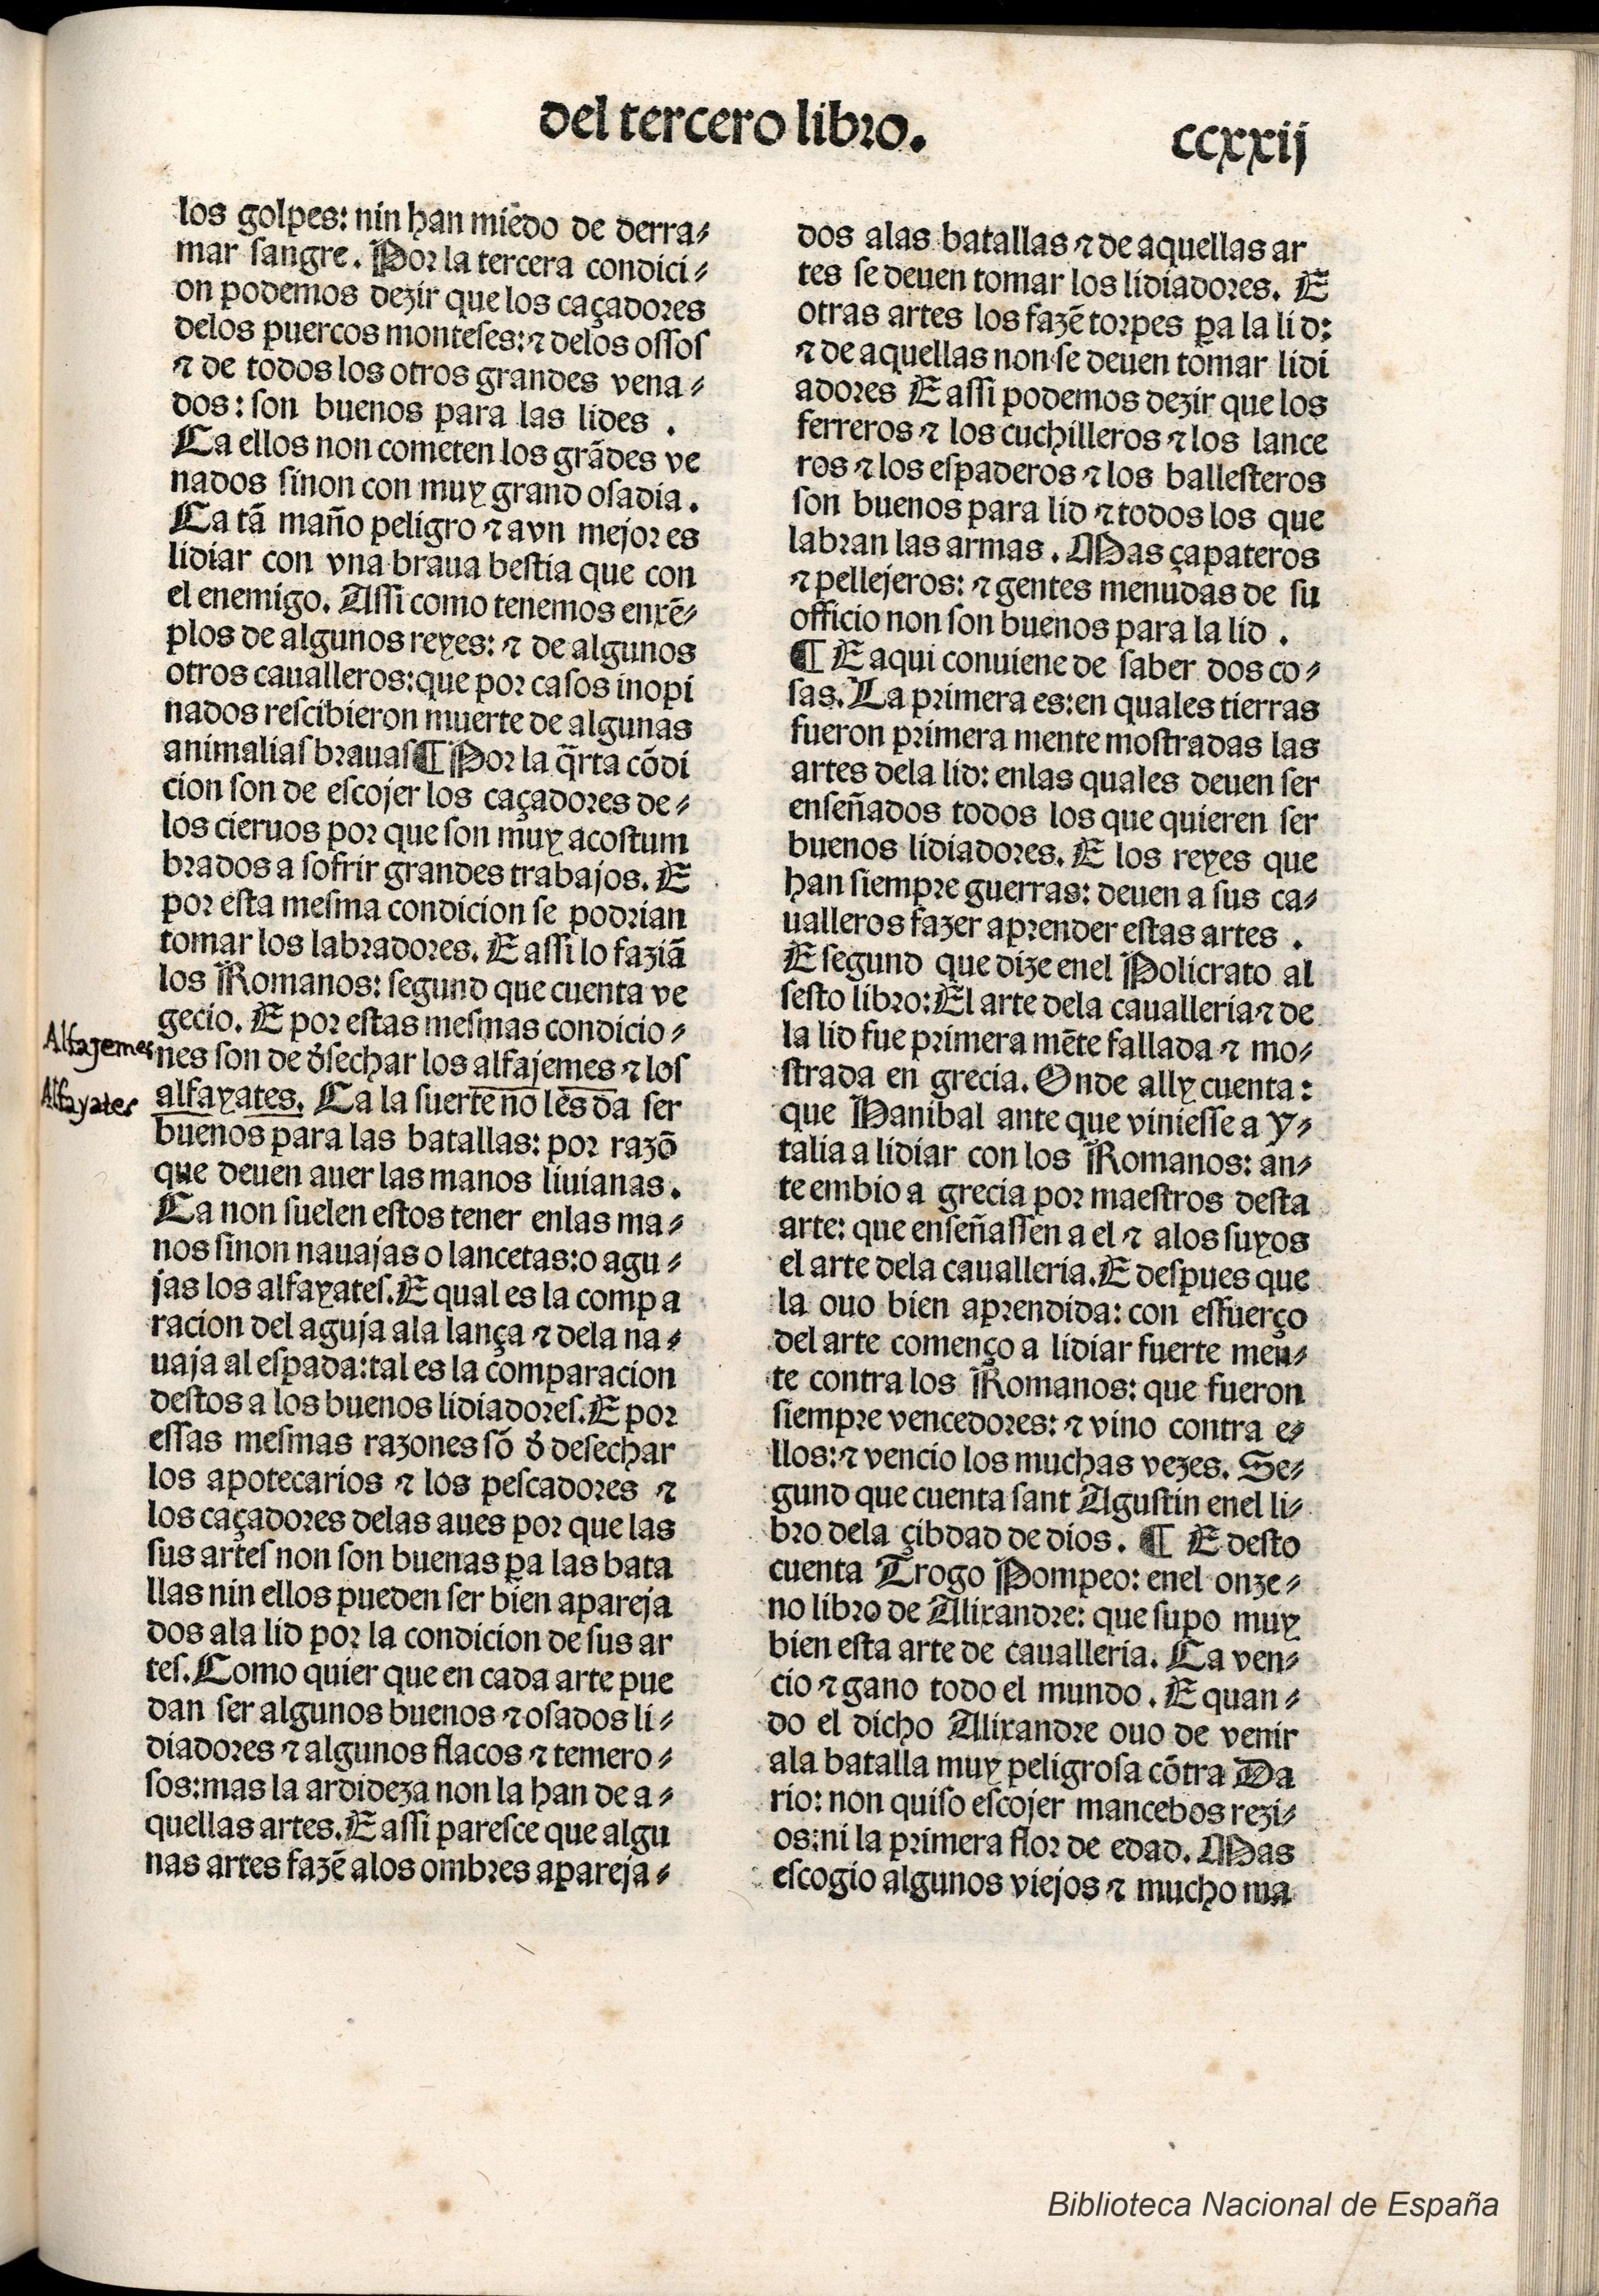
Shelfmark: Madrid, BNE, Inc. 901
Century: 15